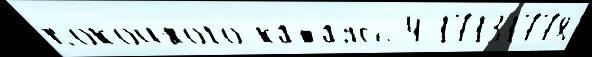
поко́йного ката́ясь 4 17131778